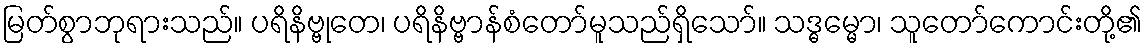
မြတ်စွာဘုရားသည်။ ပရိနိဗ္ဗုတေ၊ ပရိနိဗ္ဗာန်စံတော်မူသည်ရှိသော်။ သဒ္ဓမ္မော၊ သူတော်ကောင်းတို့၏